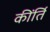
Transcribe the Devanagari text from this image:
कींर्ति